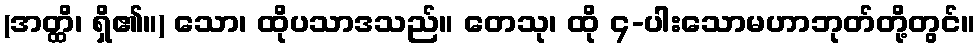
(အတ္ထိ၊ ရှိ၏။) သော၊ ထိုပသာဒသည်။ တေသု၊ ထို ၄-ပါးသောမဟာဘုတ်တို့တွင်။